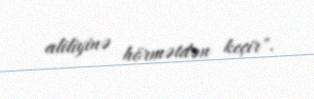
aliliyinə hörmətdən keçir".